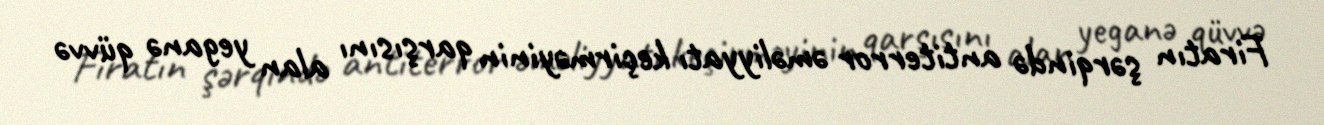
Firatın şərqində antiterror əməliyyatı keçirməyinin qarşısını alan yeganə qüvvə